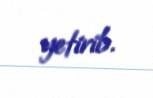
yetirib.